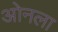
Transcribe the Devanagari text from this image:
ओनला